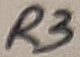
Text: R3